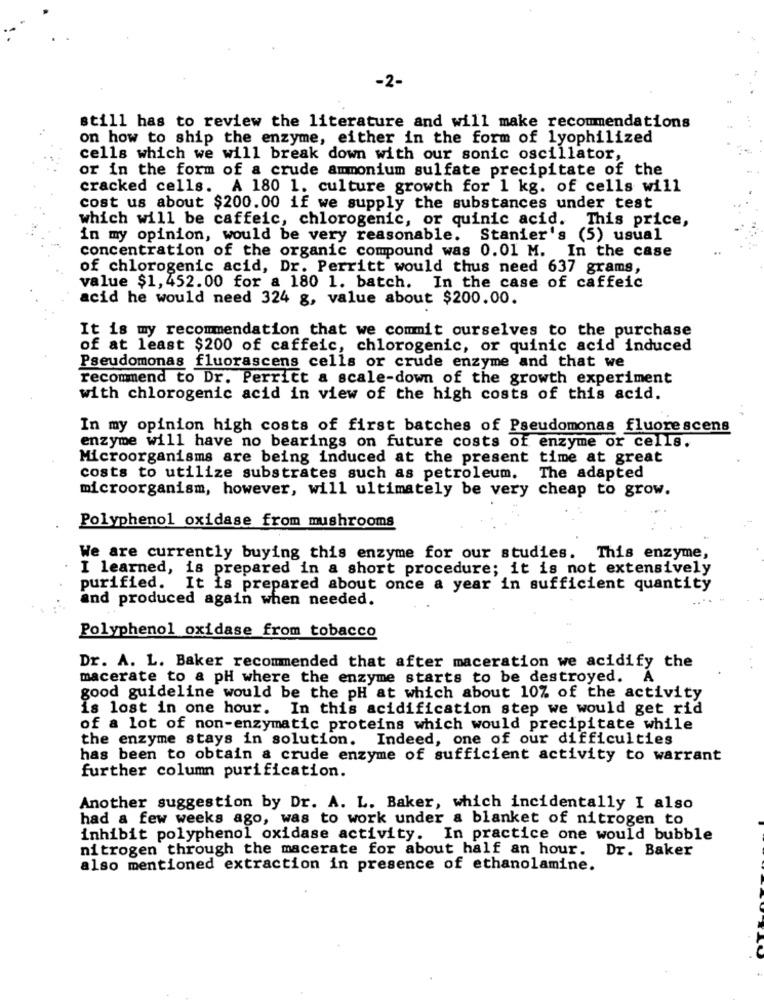
-2-
still has to review the literature and will make recommendations
on how to ship the enzyme, either in the form of lyophilized
cells which we will break down with our sonic oscillator,
or in the form of a crude ammonium sulfate precipitate of the
cracked cells. A 180 1. culture growth for 1 kg. of cells will
cost us about $200.00 if we supply the substances under test
which will be caffeic, chlorogenic, or quinic acid. This price,
in my opinion, would be very reasonable. Stanier's (5) usual
concentration of the organic compound was 0.01 M. In the case
of chlorogenic acid, Dr. Perritt would thus need 637 grams,
value $1,452.00 for a 180 1. batch. In the case of caffeic
acid he would need 324 g, value about $200.00.
It is my recommendation that we commit ourselves to the purchase
of at least $200 of caffeic, chlorogenic, or quinic acid induced
Pseudomonas fluorascens cells or crude enzyme and that we
recommend to Dr. Perritt a scale-down of the growth experiment
with chlorogenic acid in view of the high costs of this acid.
In my opinion high costs of first batches of Pseudomonas fluorescens
enzyme will have no bearings on future costs of enzyme or cells.
Microorganisms are being induced at the present time at great
costs to utilize substrates such as petroleum. The adapted
microorganism, however, will ultimately be very cheap to grow.
Polyphenol oxidase from mushrooms
We are currently buying this enzyme for our studies. This enzyme,
I learned, is prepared in a short procedure; it is not extensively
purified. It is prepared about once a year in sufficient quantity
and produced again when needed.
Polyphenol oxidase from tobacco
Dr. A. L. Baker recommended that after maceration we acidify the
macerate to & pH where the enzyme starts to be destroyed. A
good guideline would be the pH at which about 10% of the activity
is lost in one hour. In this acidification step we would get rid
of a lot of non-enzymatic proteins which would precipitate while
the enzyme stays in solution.
Indeed, one of our difficulties
has been to obtain a crude enzyme of sufficient activity to warrant
further column purification.
Another suggestion by Dr. A. L. Baker, which incidentally I also
had a few weeks ago, was to work under & blanket of nitrogen to
inhibit polyphenol oxidase activity. In practice one would bubble
nitrogen through the macerate for about half an hour. Dr. Baker
also mentioned extraction in presence of ethanolamine.